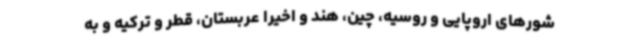
شورهای اروپایی و روسیه، چین‌، هند و اخیرا عربستان، قطر و ترکیه و به